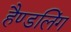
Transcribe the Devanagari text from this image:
हैण्डलिंग